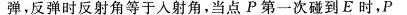
弹，反弹时反射角等于入射角，当点P第一次碰到E时，P